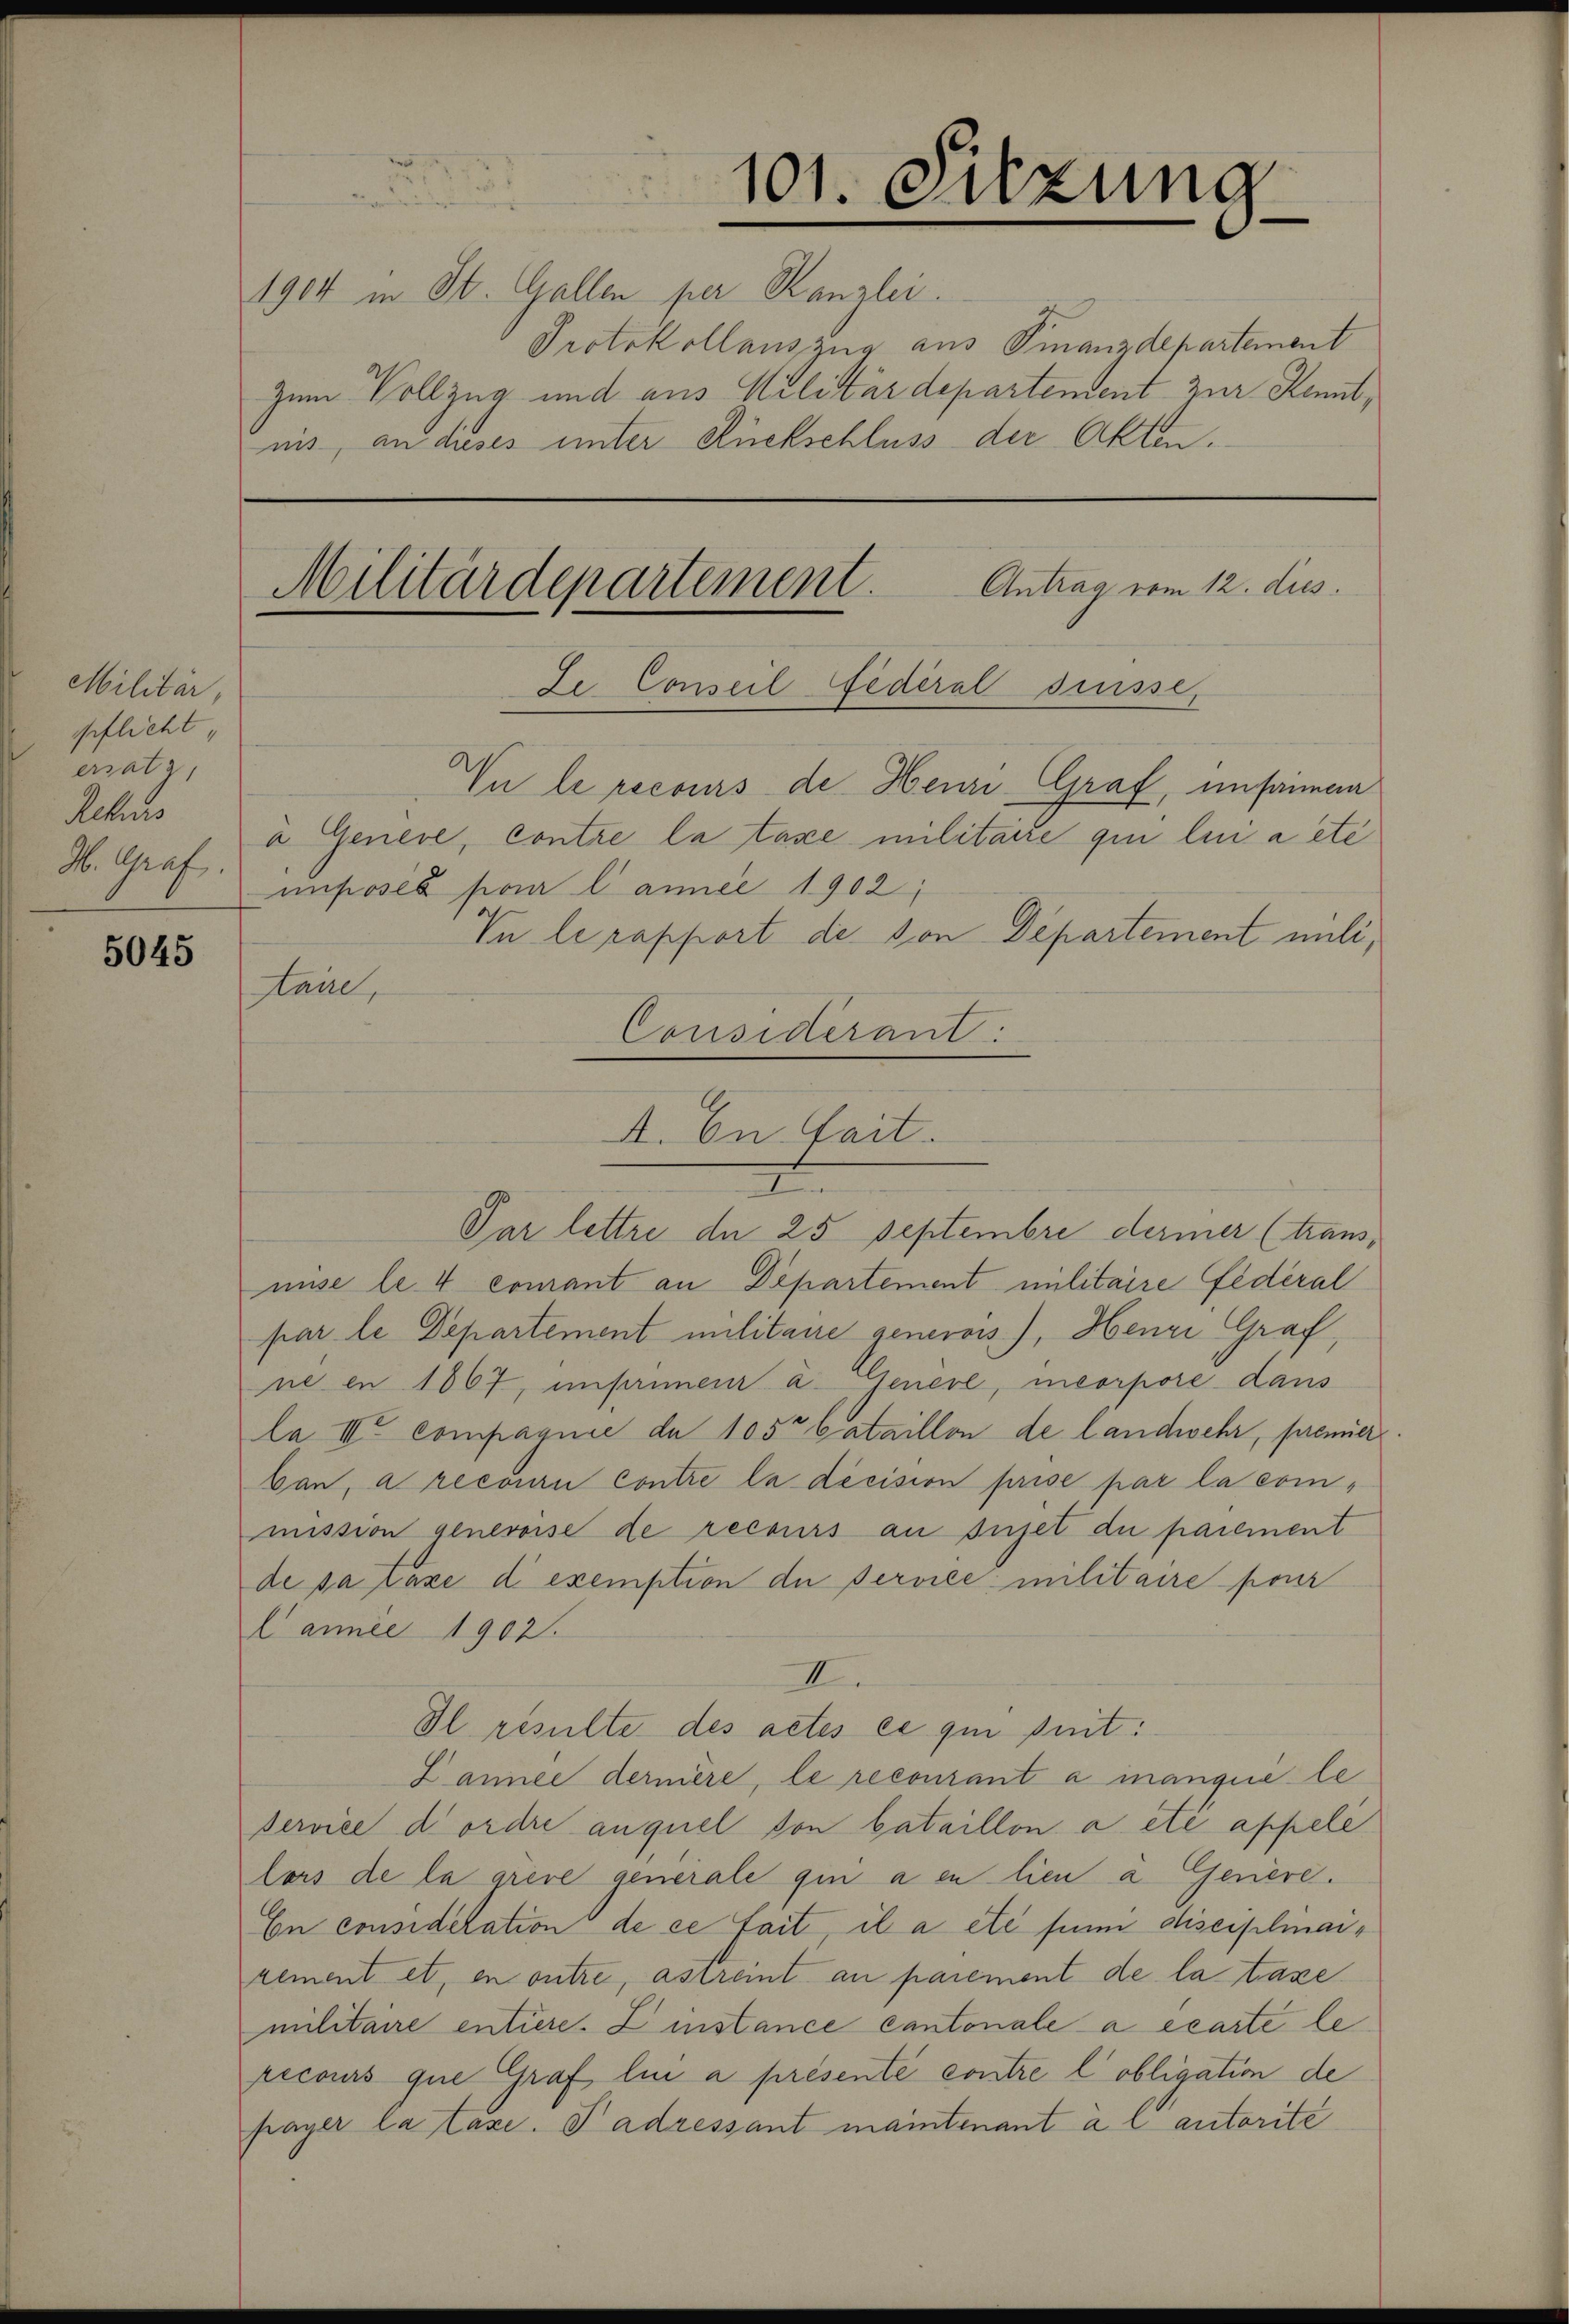
Militär,
pflicht,
ersatz,
Achaus

5045

1904 in St. Gallen per Kanzlei.
Protokollauszug aus Finanzdepartement
Zum Vollzug und aus Militärdepartement zur Kennt,
nis, an dieses unter Rückschluss der Akten.

Militärdepartement. Antrag vom 12. dies
Ze Conseil Federal Suisse,

101. Sitzung

Vu le recours de Henri Graf, unsammen
Kaire,
Considerant:

a Geneve, contre la taxe militaire qui lui a été
H. Graf imposés pour l’annel 1902;

A. In fait.

In le rapport de von Departement mili¬

Par lettre de 25 Septembre dermer (trans,
nise le 4 comant an Departement militaire fédéral
par le Departement militaire generois), Henri Graf,
ne en 1867, unprimen a. Genere, meorpore dans
la IV compagnie de 105t bataillon de landwehr, premier
bau, a recouru contre la décision prise par la commission genevoise de recours an sujet du parement
de sa taxe di exemption de service militaire pour
Cannie 1902.
I
Dl resulte des actes ce qui suit:
Lannée dermere, le recourant à manque le
service d’ordre auquel von bataillon a été appele
lors de la viere generale gin a en lien a Geniere.
En considelation de ce fait, il a etc für disciplinairement et, en outre, astrent au paiement de la taxe
militaire entiere. Zinstance cantonale a écarte le
picours que Graf lie à présenté contre lobligation de
payer la taxe. Padressant maintenant à l autorité